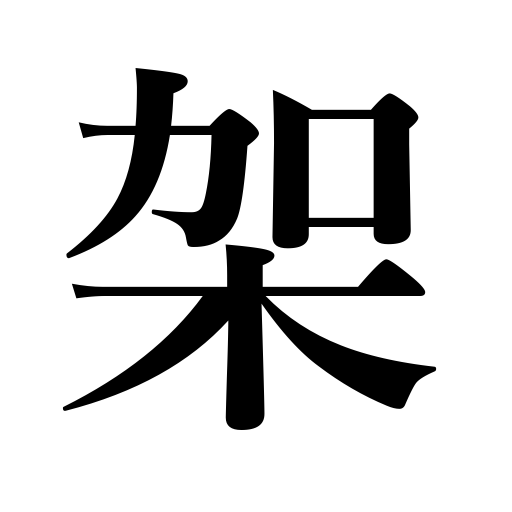
Meanings: hang,stand,frame,shelf,hang up,build a bridge,support,mount